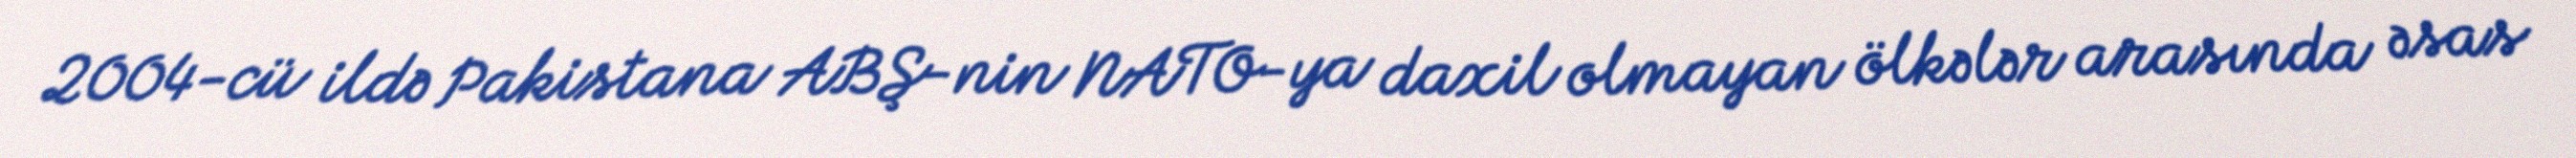
2004-cü ildə Pakistana ABŞ-nin NATO-ya daxil olmayan ölkələr arasında əsas